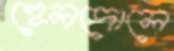
হেলদোলে